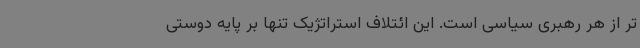
تر از هر رهبری سیاسی است. این ائتلاف استراتژیک تنها بر پایه دوستی